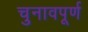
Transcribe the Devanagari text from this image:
चुनावपूर्ण